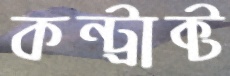
কন্ট্রাক্ট